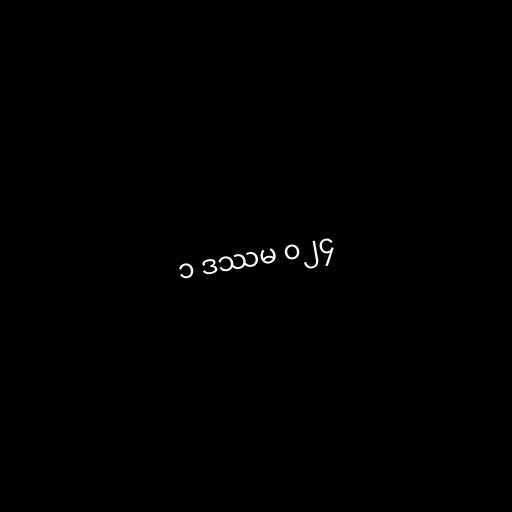
၁ ဒဿမ ၀၂၄